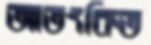
আতংকিত